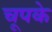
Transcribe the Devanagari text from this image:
चूपके